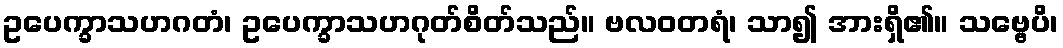
ဥပေက္ခာသဟဂတံ၊ ဥပေက္ခာသဟဂုတ်စိတ်သည်။ ဗလဝတရံ၊ သာ၍ အားရှိ၏။ သဗ္ဗေပိ၊